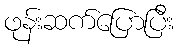
ဖုန်းဆက်ပြောပြီး